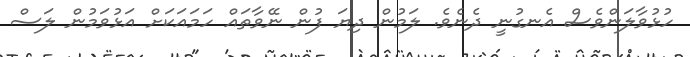
ހުޅުވާލަންވެސް އެނގުނީ ދެނެވެ. ލަމުން ދިޔަ ފުން ނޭވާތައް ހަމައަކަށް އަޅުވަމުން ލަސް